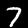
Label: 7